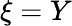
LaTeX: \xi=Y